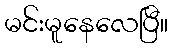
မင်းမူနေလေပြီ။